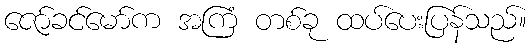
ဇော်ခင်မော်က အကြံ တစ်ခု ထပ်ပေးပြန်သည်။